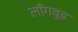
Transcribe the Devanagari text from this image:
लाँगवुड